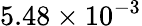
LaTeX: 5.48\times 10^{-3}